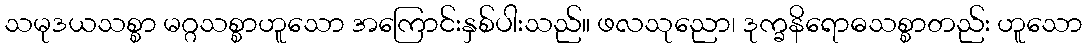
သမုဒယသစ္စာ မဂ္ဂသစ္စာဟူသော အကြောင်းနှစ်ပါးသည်။ ဖလသုညော၊ ဒုက္ခနိရောဓသစ္စာတည်း ဟူသော